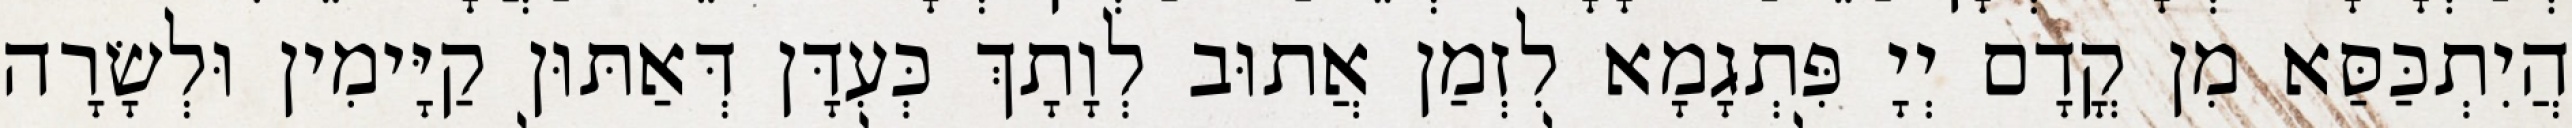
הֲיִתְכַּסַּא מִן קֳדָם יְיָ פִּתְגָמָא לִזְמַן אֲתוּב לְוָתָךְ כְּעִדָּן דְּאַתּוּן קַיָּימִין וּלְשָׂרָה